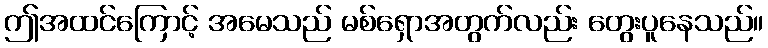
ဤအထင်ကြောင့် အမေသည် မစ်ရှောအတွက်လည်း တွေးပူနေသည်။